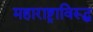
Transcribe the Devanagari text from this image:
महाराष्ट्राविरूद्ध